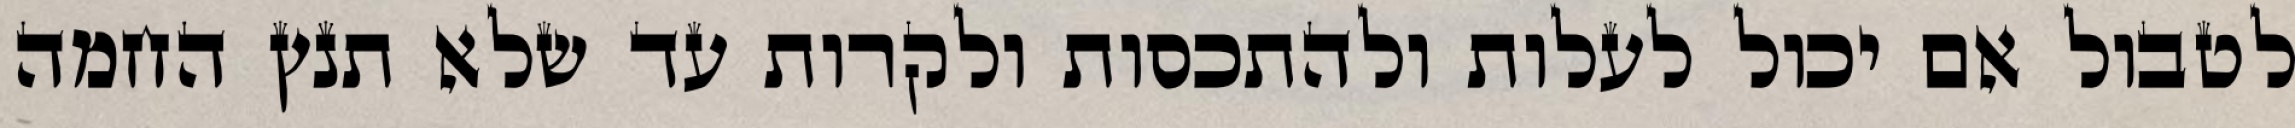
לטבול אם יכול לעלות ולהתכסות ולקרות עד שלא תנץ החמה